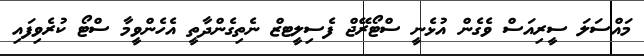
މައްސަލަ ސީރިއަސް ވެގެން އުޅެނީ ސްޓޯރޭޖް ފެސިލީޓޒް ނެތިގެންދާތީ އެހެންވީމާ ސްޓޯ ކުރެވިފައި